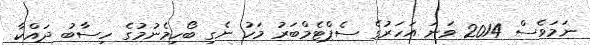
ނަމަވެސް 2014 ވަނަ އަހަރުގެ ސެޕްޓެމްބަރު މަހު ނެގި ބޯހިމެނުމުގެ ހިސާބު ދައްކާ